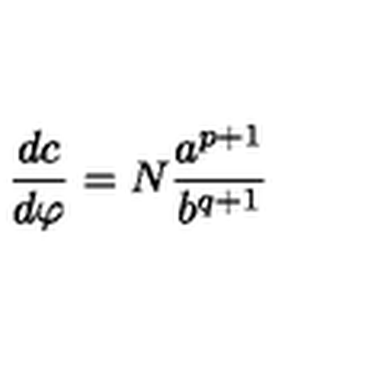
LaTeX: \frac { d c } { d \varphi } = N \frac { a ^ { p + 1 } } { b ^ { q + 1 } }